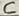
Text: C